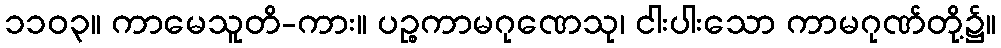
၁၁၀၃။ ကာမေသူတိ-ကား။ ပဉ္စကာမဂုဏေသု၊ ငါးပါးသော ကာမဂုဏ်တို့၌။